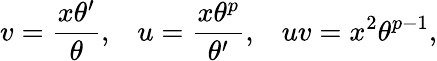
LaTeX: v=\frac{x\theta^{\prime}}{\theta},\; \; \; u=\frac{x\theta^{p}}{\theta^{\prime}},\; \; \; uv=x^{2}\theta^{p-1},